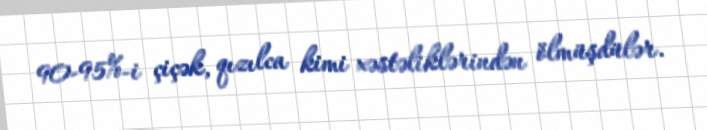
90-95%-i çiçək, qızılca kimi xəstəliklərindən ölmüşdülər.